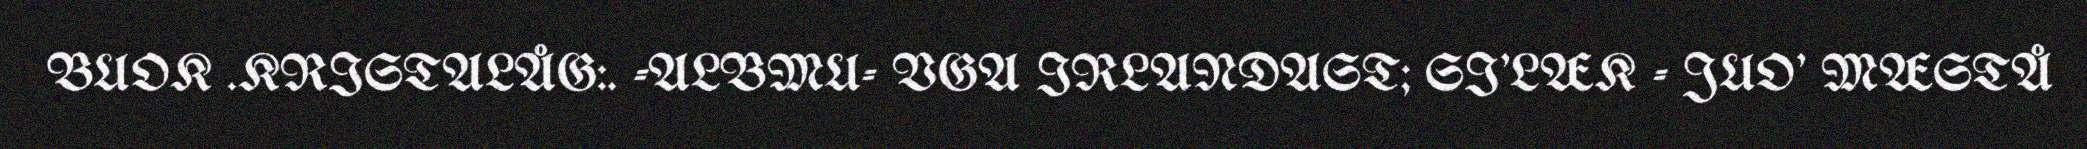
BUOK .KRISTALÅG:. -ALBMU- VGA IRLANDAST; SI'LÆK - JUO' MÆSTÅ